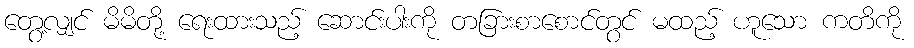
တွေ့လျှင် မိမိတို့ ရေးထားသည့် ဆောင်းပါးကို တခြားစာစောင်တွင် မထည့် ဟူသော ကတိကို